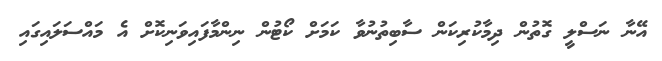
އޭނާ ނަސްލީ ގޮތުން ދިމާކުރިކަން ސާބިތުނުވާ ކަމަށް ކޯޓުން ނިންމާފައިވަނިކޮށް އެ މައްސަލައިގައި